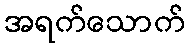
အရက်သောက်